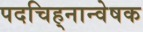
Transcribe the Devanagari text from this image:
पदचिह्‌नान्वेषक